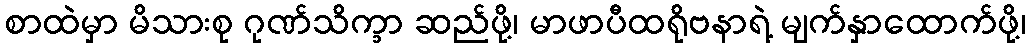
စာထဲမှာ မိသားစု ဂုဏ်သိက္ခာ ဆည်ဖို့၊ မာဖာပီထရိုဗနာရဲ့ မျက်နှာထောက်ဖို့၊